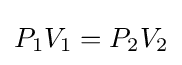
P_{1}V_{1}=P_{2}V_{2}